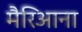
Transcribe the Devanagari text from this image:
मैरिआना